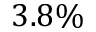
3 . 8 \%